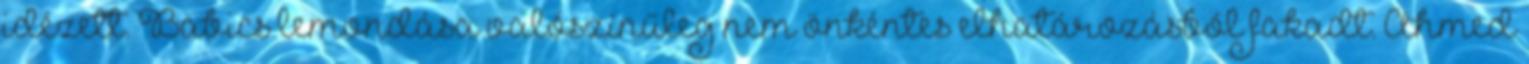
idézett. Babics lemondása valószínűleg nem önkéntes elhatározásból fakadt. Ahmed